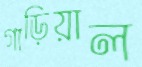
গাড়িয়াল